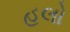
હલો